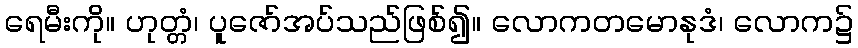
ရေမီးကို။ ဟုတ္တံ၊ ပူဇော်အပ်သည်ဖြစ်၍။ လောကတမောနုဒံ၊ လောက၌